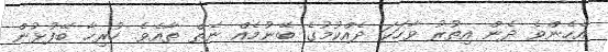
އެހެންވެ ދެން އިތުރު ވާހަކަ ދެއްކުމުގެ ބޭނުމެއް ނެތް ތާއެވެ. ހުރިހާ ބޭފުޅުން